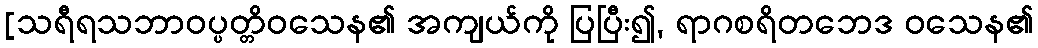
[သရီရသဘာဝပ္ပတ္တိဝသေန၏ အကျယ်ကို ပြပြီး၍, ရာဂစရိတဘေဒ ဝသေန၏